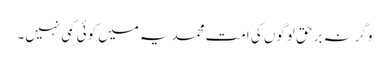
وگرنہ برحق لوگوں کی امت محمدیہ میں کوئی کمی نہیں۔